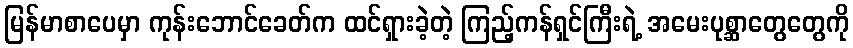
မြန်မာစာပေမှာ ကုန်းဘောင်ခေတ်က ထင်ရှားခဲ့တဲ့ ကြည့်ကန်ရှင်ကြီးရဲ့ အမေးပုစ္ဆာတွေတွေကို